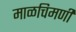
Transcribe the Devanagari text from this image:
माळचिमणी